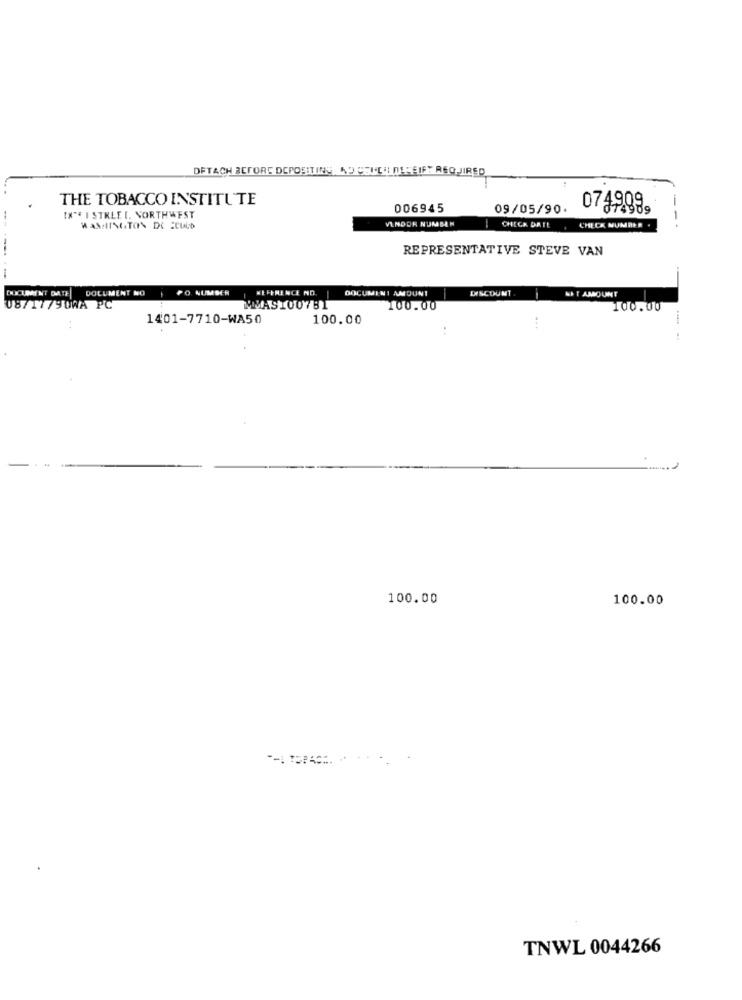
DETACH BEFORE DEPOSITING AD CELL I DEREIFT REQUIRED
THE TOBACCO INSTITUTE
006945
09/05/90.
0749999
IN"" I STRLEI. NORTHWEST
WASHINGTON DC ECULD
VLNDOR NUMSEN
CHEGA DATE
CHECK NUMBER .
----
REPRESENTATIVE STEVE VAN
------
DOCUMENT NO
PO NUMBER
REFERENCE NO.
DOCUMENT AMOUNT
DISCOUNT
NET AMOUNT
08/17/90WA PC
MMASI007B1
100.00
100.00
1401-7710-WA50
100.00
100.00
100.00
TNWL 0044266